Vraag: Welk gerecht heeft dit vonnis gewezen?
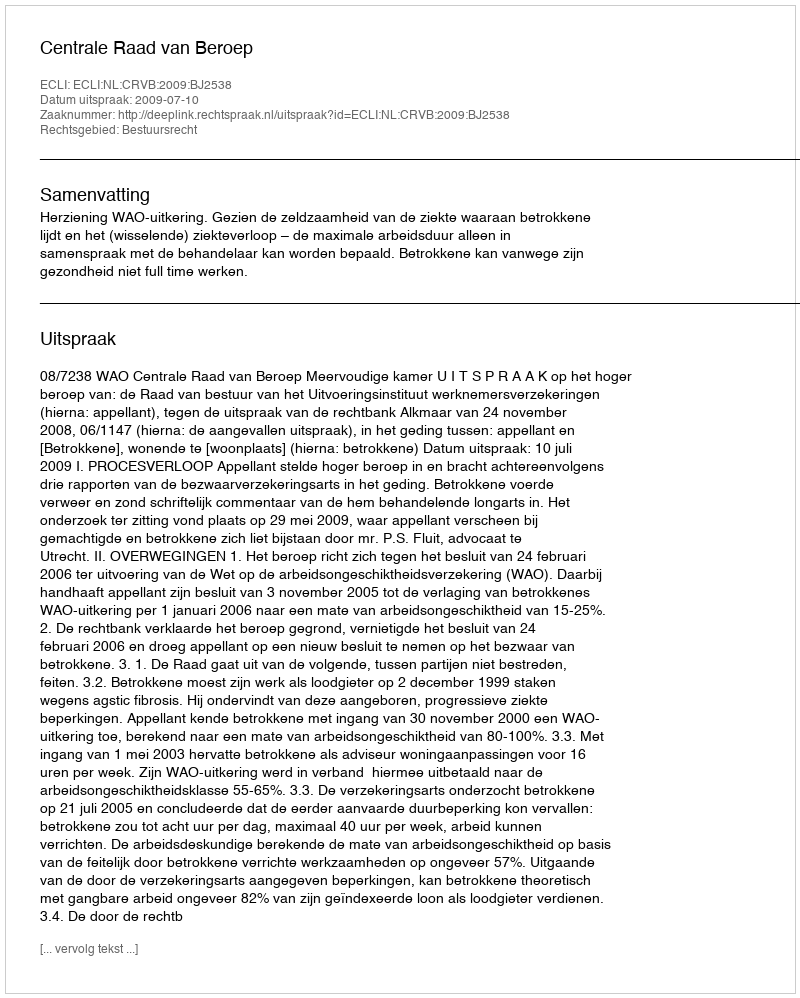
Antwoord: Centrale Raad van Beroep